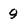
Character: 9